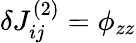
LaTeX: \delta J_{ij}^{(2)}=\phi_{zz}